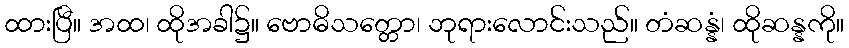
ထားပြီ။ အထ၊ ထိုအခါ၌။ ဗောဓိသတ္တော၊ ဘုရားလောင်းသည်။ တံဆန္နံ၊ ထိုဆန္နကို။